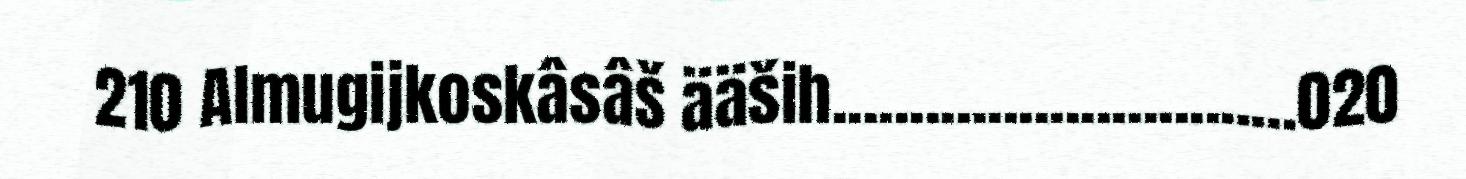
210 Almugijkoskâsâš ääših..............................020